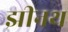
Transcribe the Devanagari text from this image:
झीनथ